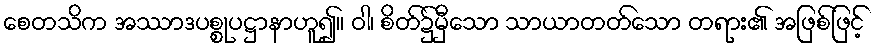
စေတသိက အဿာဒပစ္စုပဋ္ဌာနာဟူ၍။ ဝါ၊ စိတ်၌မှီသော သာယာတတ်သော တရား၏ အဖြစ်ဖြင့်